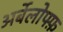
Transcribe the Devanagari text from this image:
अर्बेलोफ्फ़